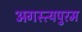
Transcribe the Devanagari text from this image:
अगस्त्यपुरम